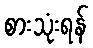
စားသုံးရန်